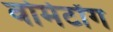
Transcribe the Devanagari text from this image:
वोर्मटोंग